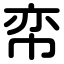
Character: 帟